Lunatic asylums Burma 1907-21 - 1907-1921
Year: 1907
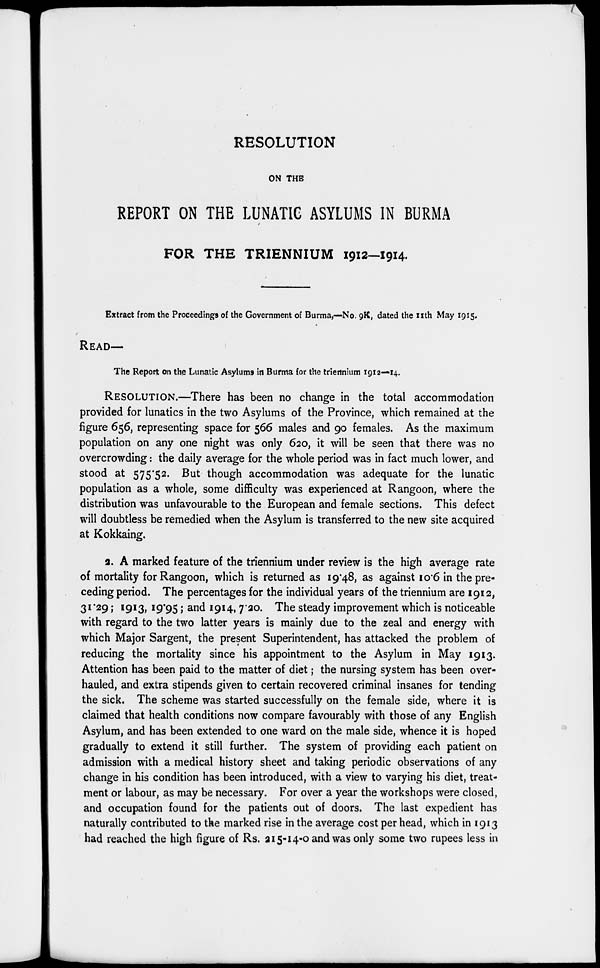
RESOLUTION
ON THE
REPORT ON THE LUNATIC ASYLUMS IN BURMA
FOR THE TRIENNIUM 1912-1914.
Extract from the Proceedings of the Government of Burma,—No. 9K, dated the 11th May 1915.
READ—.
The Report on the Lunatic Asylums in Burma for the triennium 1912—14.
RESOLUTION.—There has been no change in the total accommodation
provided for lunatics in the two Asylums of the Province, which remained at the
figure 656, representing space for 566 males and 90 females. As the maximum
population on any one night was only 620, it will be seen that there was no
overcrowding : the daily average for the whole period was in fact much lower, and
stood at 575.52. But though accommodation was adequate for the lunatic
population as a whole, some difficulty was experienced at Rangoon, where the
distribution was unfavourable to the European and female sections. This defect
will doubtless be remedied when the Asylum is transferred to the new site acquired
at Kokkaing.
2. A marked feature of the triennium under review is the high average rate
of mortality for Rangoon, which is returned as 19.48, as against 10.6 in the pre-
ceding period. The percentages for the individual years of the triennium are 1912,
31.29; 1913, 19.95 ; and 1914, 7.20. The steady improvement which is noticeable
with regard to the two latter years is mainly due to the zeal and energy with
which Major Sargent, the present Superintendent, has attacked the problem of
reducing the mortality since his appointment to the Asylum in May 1913.
Attention has been paid to the matter of diet ; the nursing system has been over-
hauled, and extra stipends given to certain recovered criminal insanes for tending
the sick. The scheme was started successfully on the female side, where it is
claimed that health conditions now compare favourably with those of any English
Asylum, and has been extended to one ward on the male side, whence it is hoped
gradually to extend it still further. The system of providing each patient on
admission with a medical history sheet and taking periodic observations of any
change in his condition has been introduced, with a view to varying his diet, treat-
ment or labour, as may be necessary. For over a year the workshops were closed,
and occupation found for the patients out of doors. The last expedient has
naturally contributed to the marked rise in the average cost per head, which in 1913
had reached the high figure of Rs. 215-14-0 and was only some two rupees less in